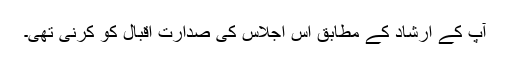
آپ کے ارشاد کے مطابق اس اجلاس کی صدارت اقبال کو کرنی تھی۔